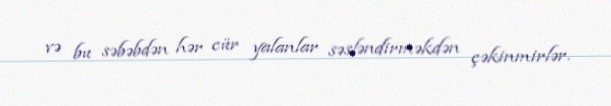
və bu səbəbdən hər cür yalanlar səsləndirməkdən çəkinmirlər.